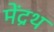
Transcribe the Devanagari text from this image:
मेंद्रथ